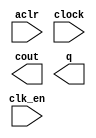
module count_10bit (
	aclr,
	clk_en,
	clock,
	cout,
	q);

	input	  aclr;
	input	  clk_en;
	input	  clock;
	output	  cout;
	output	[9:0]  q;

endmodule